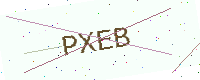
Text: PXEB